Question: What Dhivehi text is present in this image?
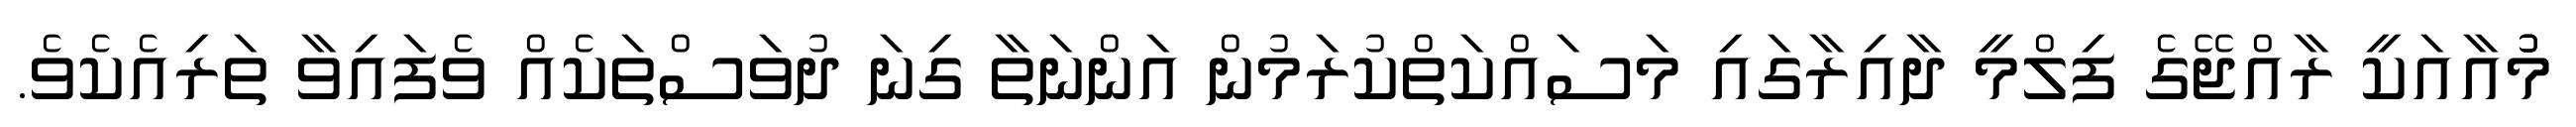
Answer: މުުުއާއަކީ ރާއްޖޭގެ ފިލްމީ ދާއިރާގައި މަސައްކަތްކުރަމުން އަންނަތާ ގިނަ ދުވަސްތަކެއް ވެފައިވާ ތަރިއެކެވެ.